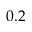
0 . 2